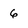
Character: 6